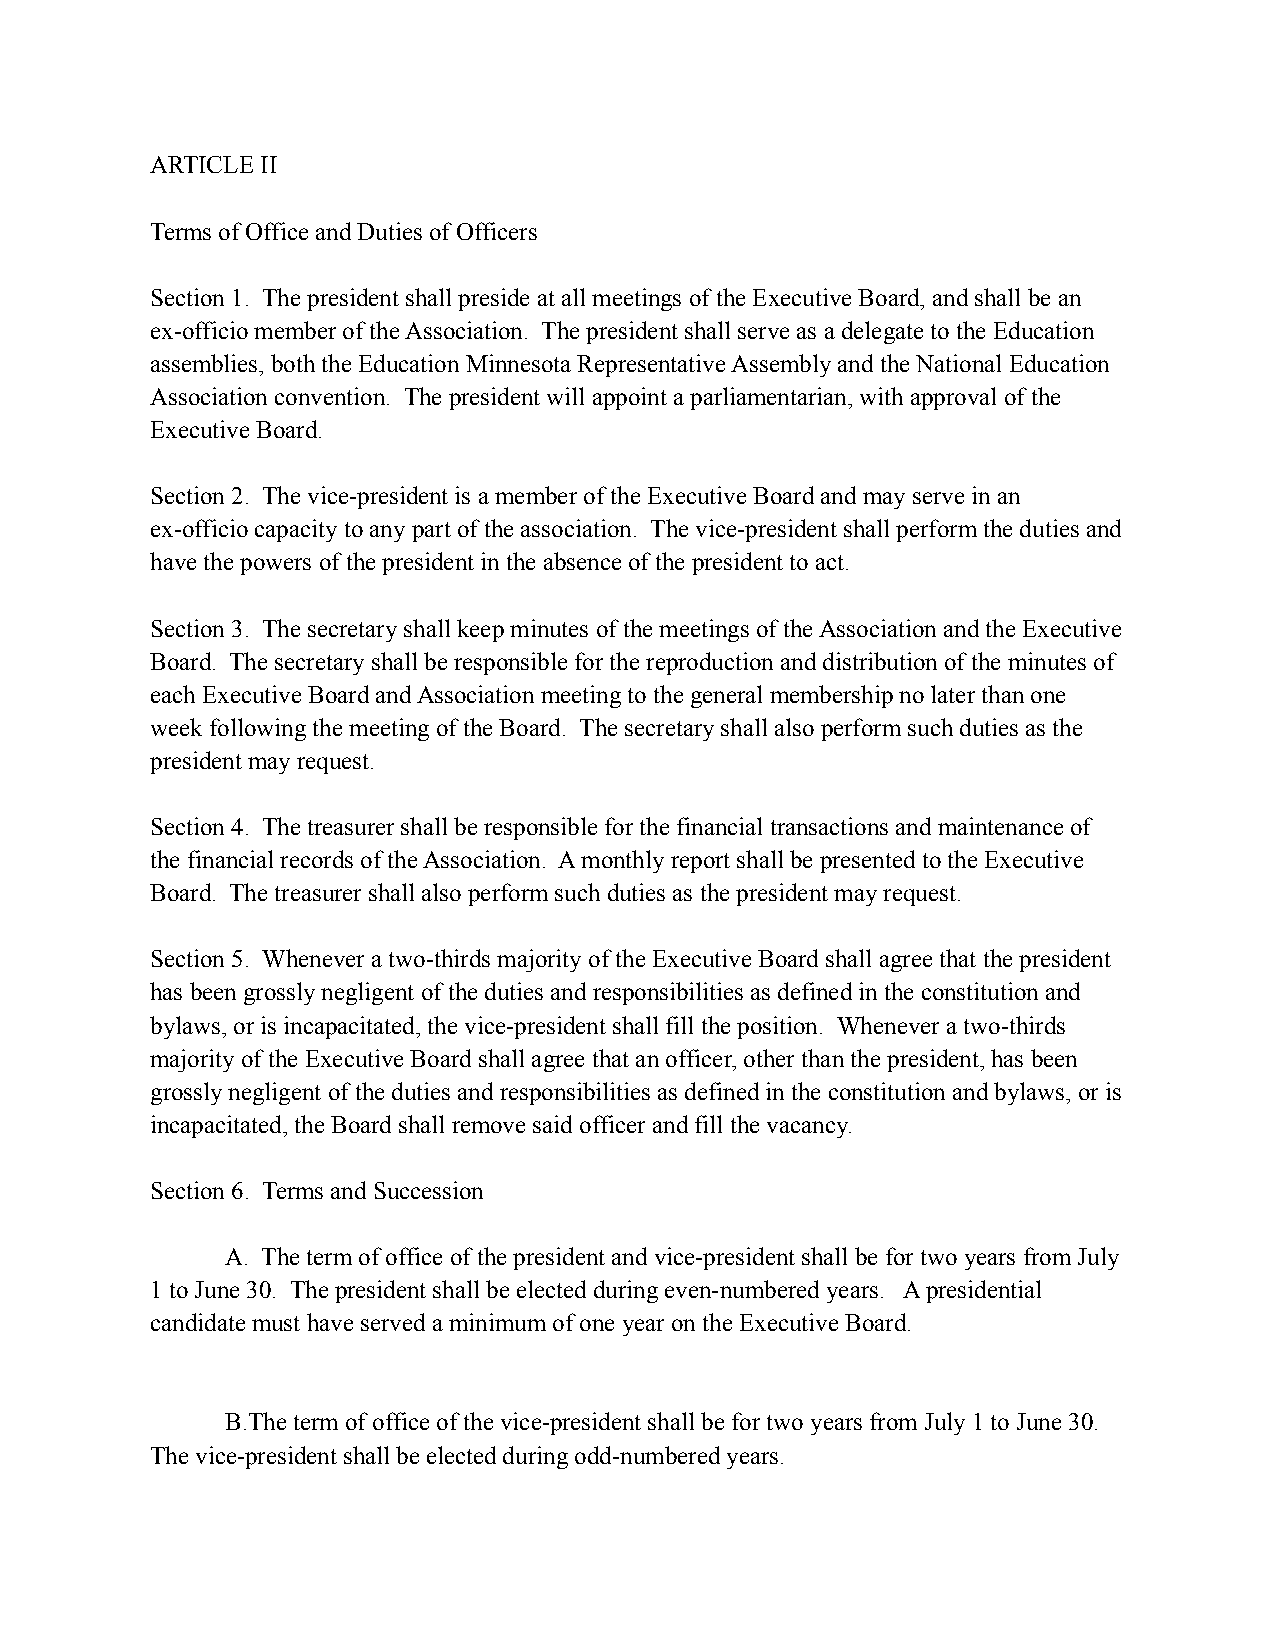
ARTICLE II
 Terms of Office and Duties of Officers
 Section 1. The president shall preside at all meetings of the Executive Board, and shall be an
 ex-officio member of the Association. The president shall serve as a delegate to the Education
 assemblies, both the Education Minnesota Representative Assembly and the National Education
 Association convention. The president will appoint a parliamentarian, with approval of the
 Executive Board.
 Section 2. The vice-president is a member of the Executive Board and may serve in an
 ex-officio capacity to any part of the association. The vice-president shall perform the duties and
 have the powers of the president in the absence of the president to act.
 Section 3. The secretary shall keep minutes of the meetings of the Association and the Executive
 Board. The secretary shall be responsible for the reproduction and distribution of the minutes of
 each Executive Board and Association meeting to the general membership no later than one
 week following the meeting of the Board. The secretary shall also perform such duties as the
 president may request.
 Section 4. The treasurer shall be responsible for the financial transactions and maintenance of
 the financial records of the Association. A monthly report shall be presented to the Executive
 Board. The treasurer shall also perform such duties as the president may request.
 Section 5. Whenever a two-thirds majority of the Executive Board shall agree that the president
 has been grossly negligent of the duties and responsibilities as defined in the constitution and
 bylaws, or is incapacitated, the vice-president shall fill the position. Whenever a two-thirds
 majority of the Executive Board shall agree that an officer, other than the president, has been
 grossly negligent of the duties and responsibilities as defined in the constitution and bylaws, or is
 incapacitated, the Board shall remove said officer and fill the vacancy.
 Section 6. Terms and Succession
 A. The term of office of the president and vice-president shall be for two years from July
 1 to June 30. The president shall be elected during even-numbered years. A presidential
 candidate must have served a minimum of one year on the Executive Board.
 B.The term of office of the vice-president shall be for two years from July 1 to June 30.
 The vice-president shall be elected during odd-numbered years.